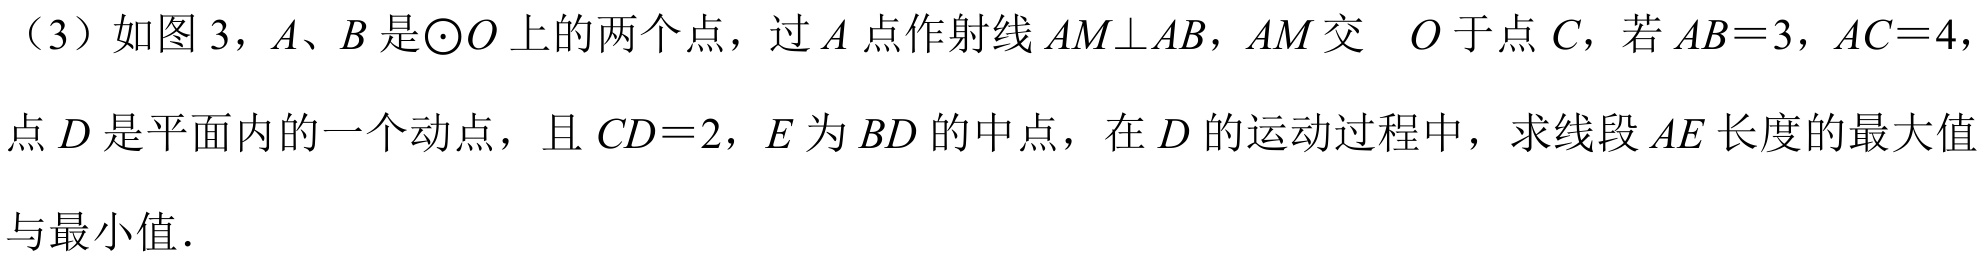
（3）如图 3，$A、B$是$\odot O$上的两个点，过$A$点作射线$AM\perp AB$，$AM$交$\odot O$于点$C$，若$AB = 3$，$AC = 4$，点$D$是平面内的一个动点，且$CD = 2$，$E$为$BD$的中点，在$D$的运动过程中，求线段$AE$长度的最大值与最小值．